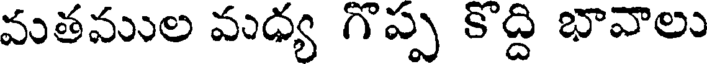
మతముల మధ్య గొప్ప కొద్ది భావాలు